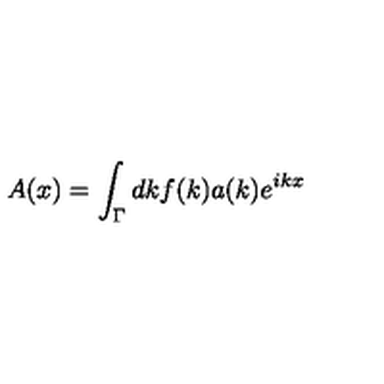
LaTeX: A ( x ) = \int _ { \Gamma } d k f ( k ) a ( k ) e ^ { i k x }